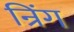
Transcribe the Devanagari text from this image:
न्रिंग